Memorandum on the prevention of leprosy by segregation of the affected
Disease focus: Leprosy
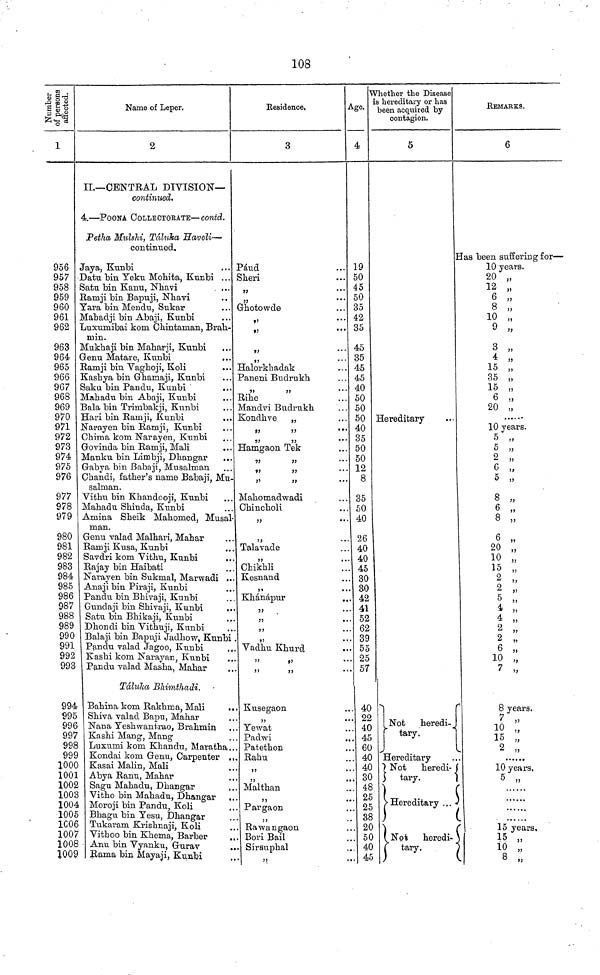
108
Number of persons afiected.
1
956
957
958
959
960
961
962
963
964
965
966
967
968
969
970
971
972
973
974
975
976
977
978
979
980
981
982
983
984
985
986
987
988
989
990
991
992
993
994
995
996
997
998
99S
1000
1001
1002
1003
1004
1005
1006
1007
1008
1009
Name of Leper.
2
IL—CENTRAL DIVISION—
continued.
4.—POONA COLLBCTORATE—contd.
Petha Mulshi, Táluha Haveli—
continued.
Jaya, Kunbi
Data bin Yeku Mohita, Kunbi ...
Satu bin Kanu, Nhavi
Ramji bin Bapuji, Nhavi
Yara bin Mendu, Sukar
Mahadji bin Abaji, Kunbi
Luxumibai kom. Chintaman, Brah-
min.
Mukhaji bin Manarji, Kunbi
Genu Matare, Kunbi
Ramji bin Vaghoji, Koli
Kashya bin Ghamaji, Kunbi
Saku bin Pandu, Kunbi
Mahadu bin Abaji, Kunbi
Bala bin Trinibakji, Kunbi
Hari bin Ramji, Kunbi
Narayen bin Ramji, Kunbi
Chinia kom Narayen, Kunbi
Govinda bin Ramji, Mali
Manku bin Limbji, Dliangar
Gabya bin Babaji, Musalman
Chandi, father's name Babaji, Mu
Salman.
Vithu bin Khandooji, Kunbi
Mahadu Shinda, Kunbi
Amina Sheik Mahomed, Musal
man.
Genu valad Malhari, Mahar
Ramji Kusa, Kunbi
Savdri kom Vithu, Kunbi
Rajay bin Haibati
Narayen bin Sukmal, Marwadi ..
Anaji bin Piraji, Kunbi
Pandu bin Bhivaji, Kunbi
Gundaji bin Shivaji, Kunbi
Satu bin Bhikaji, Kunbi
Dhondi bin Vithuji, Kunbi
Balaji bin Bapuji Jadhow, Kunbi
Pandu valad Jagoo, Kunbi
Kashi kom Narayan, Kunbi
Pandu valad Masha, Mahar
Talulca Bhimthadi.
Bahina kom Rakhma, Mali
Shiva valad Bapu, Mahar
Nana Yeshwant.rao, Brahmin
Kashi Mang, Mang
Luxumi kom Khandu, Maratha.
Kondai kom Genu, Carpenter .
Kasai Malin, Mali
Abya Ranu, Mahar
Sagu Mahadu, Dhangar
Vitho bin Mahadu, Dhangar
Moroji bin Pandu, Koli
Bhagu bin Yesu, Dhangar
Tukaram Krishnaji, Koli
Vithoo bin Khema, Barber
• Anu bin Vyanku, Gurav
Rama bin Mayaji, Kunbi
Residence,
3
Páud
Sheri
Ghotowde
Halorkhadak
Paneni Budrukh
Rihe
Mandvi Budrukh
Kondhve „
Hamgaon Tek
Mahomadwadi
Chincholi
Talavade
Chikhli
Kesnand
Khánápur
Vadhu Khurd
Kusegaon
Yewat
Padwi
Patethon
Rahu
Malthan
Pargaon
Rawangaon
Bori Bail
Sirsuphal
Age.
4
19
50
45
50
35
42
35
45
35
45
45
40
50
50
50
40
35
50
50
12
8
35
50
40
26
40
40
45
30
30
42
41
52
62
39
55
25
57
.. 40
.. 22
.. 40
.. 45
.. 60
.. 40
.. 40
.. 30
.. 48
25
.. 25
. 38
.. 20
.. 50
.. 40
... 45
Whether the Disease
is hereditary or has
been acquired by
contagion.
5
Hereditary
[Not
heredi
tary.
1
Hereditary
Not
heredi-
tary.
Hereditary ...
)
Not
heredi-
tary.
REMARKS.
6
Has been suffering for—
10 years.
20 „
12 „
6 „
8 „
10 „
9 „
3 „
4 „
15 „
35 „
15 „
6 „
20 „
10 years.
5 „
5 „
2 „
6 „
5 „
8 „
6 „
8 „
6 „
20 „
10 „
15 „
2 „
2 „
5 „
4
2 „
2 „
6
10 „
7 „
8 years.
7 ,
10
15 „
2 „
10 years.
5 „
t
15 years,
15 „
10 „